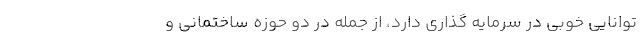
توانایی خوبی در سرمایه گذاری دارد، از جمله در دو حوزه ساختمانی و